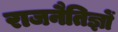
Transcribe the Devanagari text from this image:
राजनैतिज्ञों